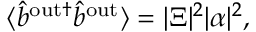
\begin{array} { r } { \langle \hat { b } ^ { \mathrm { { o u t } \dagger } } \hat { b } ^ { \mathrm { { o u t } } } \rangle = | \Xi | ^ { 2 } | \alpha | ^ { 2 } , } \end{array}